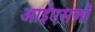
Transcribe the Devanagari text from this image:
आईएसजी